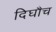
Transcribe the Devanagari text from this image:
दिघौच